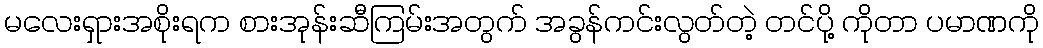
မလေးရှားအစိုးရက စားအုန်းဆီကြမ်းအတွက် အခွန်ကင်းလွတ်တဲ့ တင်ပို့ ကိုတာ ပမာဏကို